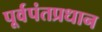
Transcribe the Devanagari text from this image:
पूर्वपंतप्रधान